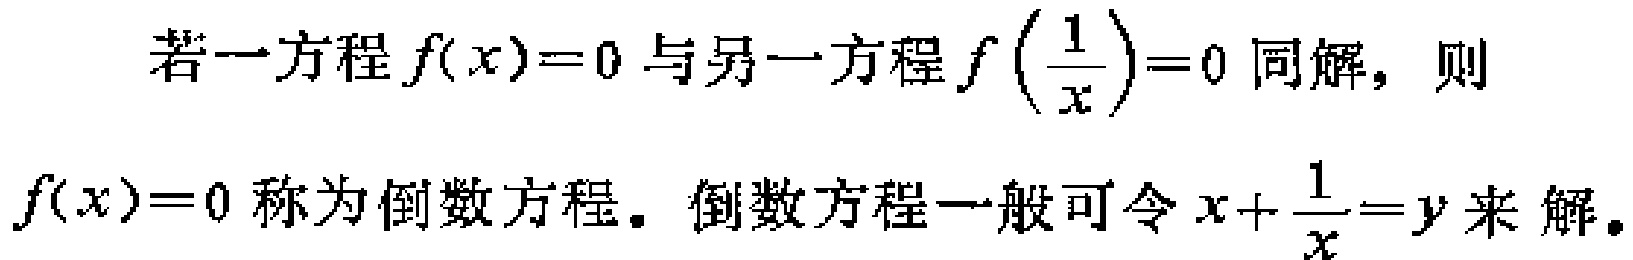
若一方程$f(x)=0$与另一方程$f\left(\frac{1}{x}\right)=0$同解，则

$f(x)=0$称为倒数方程。倒数方程一般可令$x + \frac{1}{x}=y$来解。